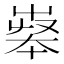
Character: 𡴝